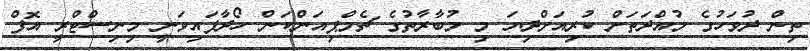
ތިން ދުވަހުގެ މުއްދަތަށް ކުރިއަށްދިޔަ މި މުބާރާތުގެ ޗެމްޕިއަންކަން ހޯދާފައިވަނީ މިނިސްޓްރީ އޮފް